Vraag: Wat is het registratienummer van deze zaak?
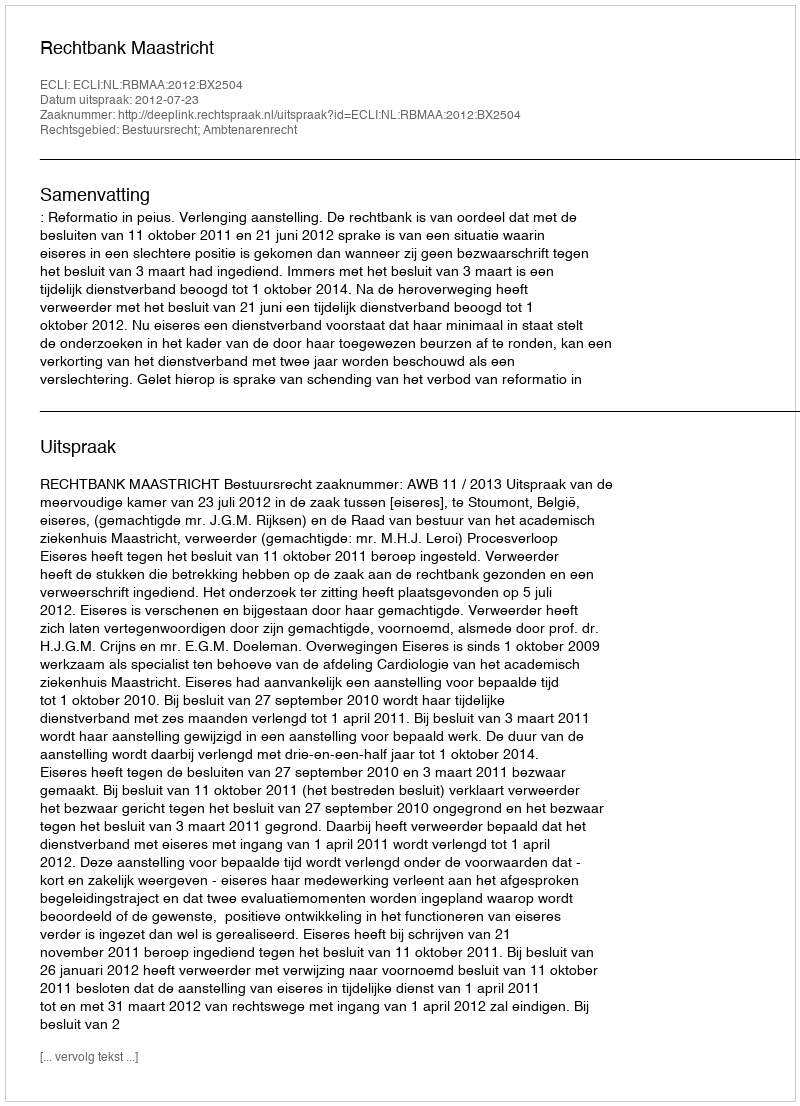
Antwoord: http://deeplink.rechtspraak.nl/uitspraak?id=ECLI:NL:RBMAA:2012:BX2504